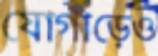
যোগাড়েও